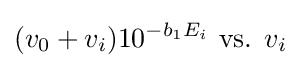
({v_{0}+v_{i}})10^{-b_{1}E_{i}}{\text{ vs. }}v_{i^{}}